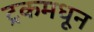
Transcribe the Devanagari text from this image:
ट्रकमधून